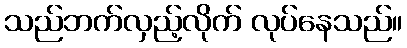
သည်ဘက်လှည့်လိုက် လုပ်နေသည်။